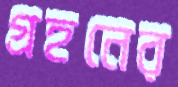
গ্রহনের